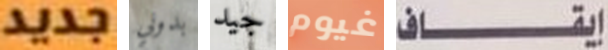
جديد بدوني جيد غيوم إيقاف